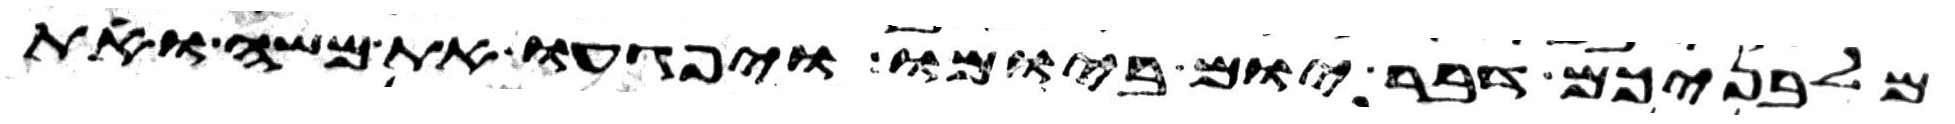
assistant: מלבניכם דבר יום ביומו ויפגעו את משה ואת